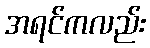
အရင်ကလည်း